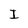
Character: I